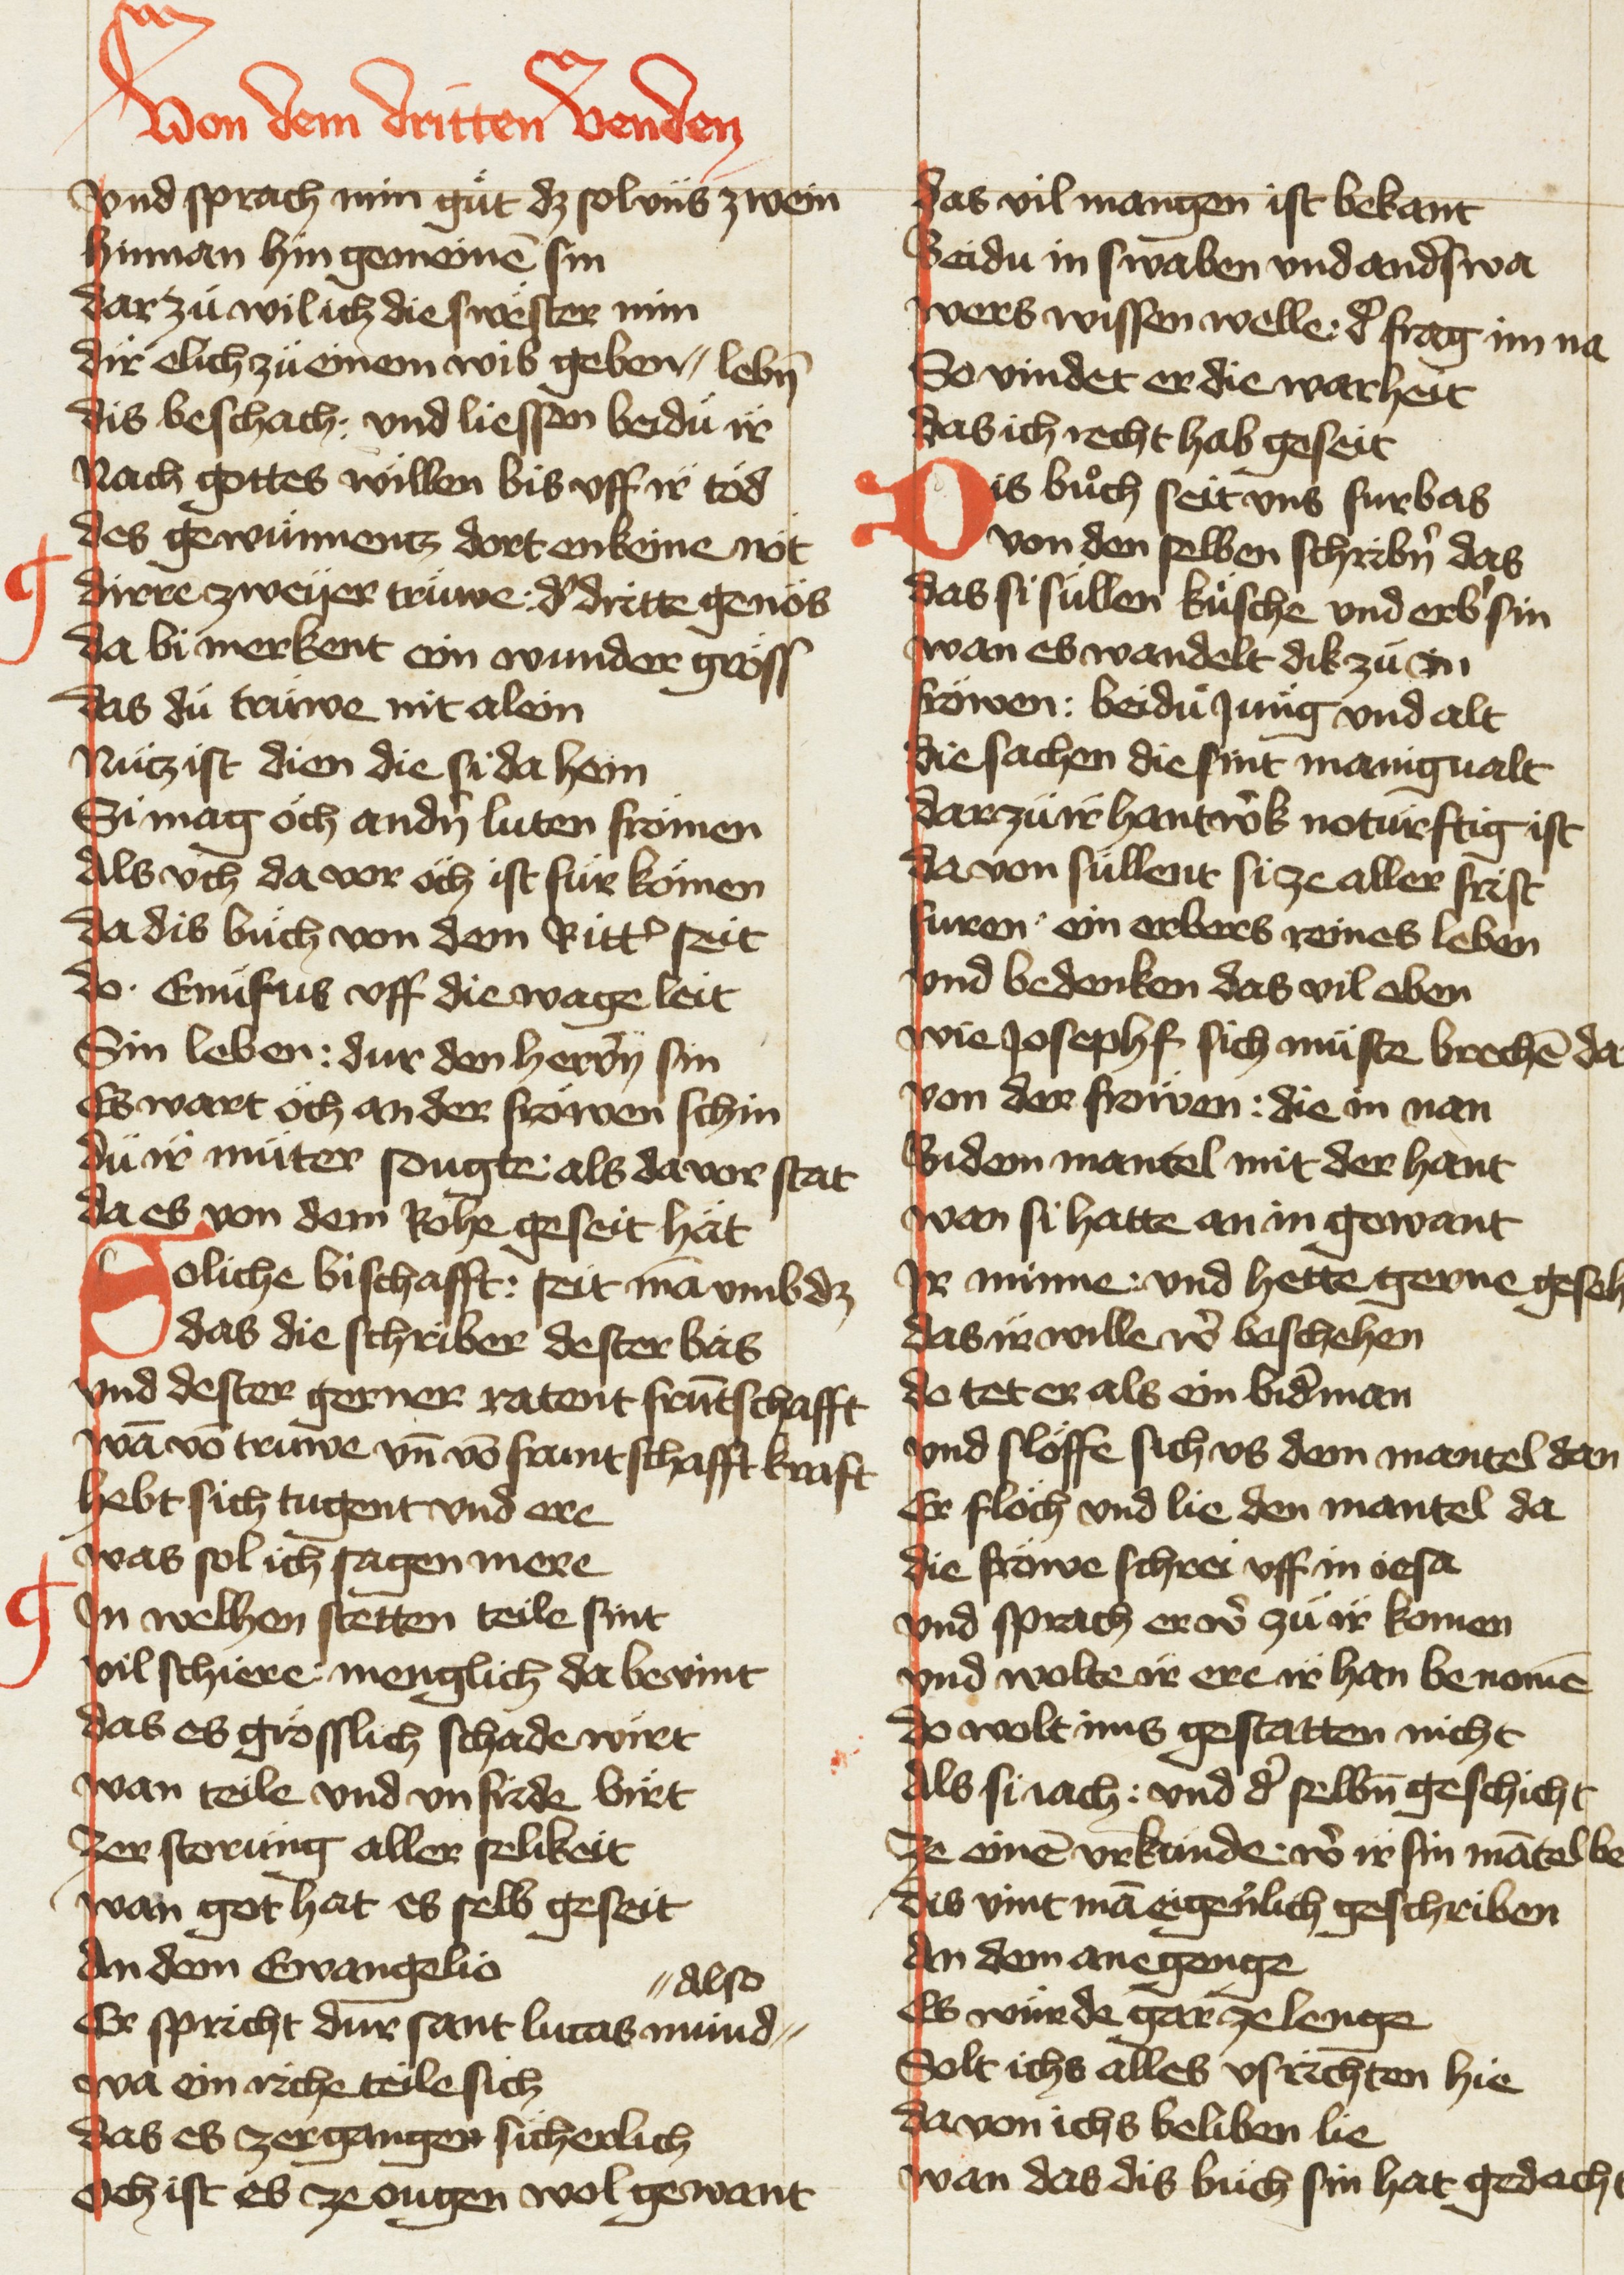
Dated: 1420–1429